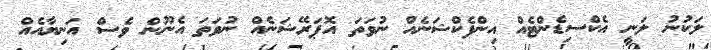
ލަކުނު ލަނީ އެކްސިޑެންޓެއް އިންފެކްޝަނެއް ނުވަތަ އޮޕަރޭޝަނެއް ނުވަތަ އެނޫން ވެސް އަނިޔާއެއް